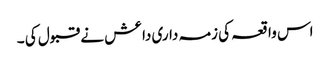
اس واقعہ کی زمہ داری داعش نے قبول کی ۔